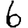
Digit: 6